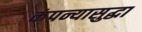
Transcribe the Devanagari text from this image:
कंपन्यासुद्धा